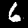
Label: 6